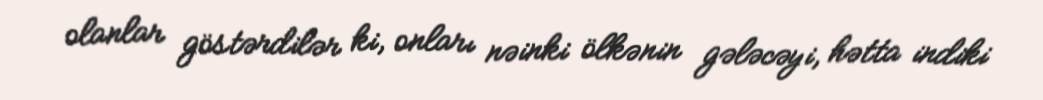
olanlar göstərdilər ki, onları nəinki ölkənin gələcəyi, hətta indiki